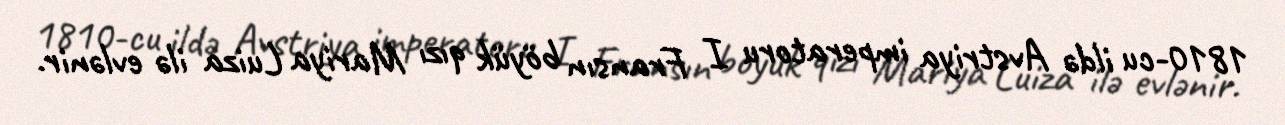
1810-cu ildə Avstriya imperatoru I Fransın böyük qızı Mariya Luiza ilə evlənir.